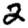
Digit: 2